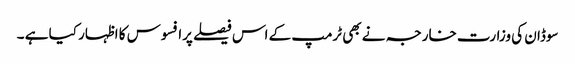
سوڈان کی وزارت خارجہ نے بھی ٹرمپ کے اس فیصلے پرافسوس کا اظہار کیا ہے ۔